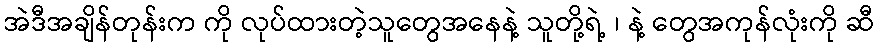
အဲဒီအချိန်တုန်းက ကို လုပ်ထားတဲ့သူတွေအနေနဲ့ သူတို့ရဲ့ ၊ နဲ့ တွေအကုန်လုံးကို ဆီ